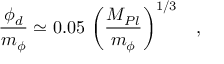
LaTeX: \frac { \phi _ { d } } { m _ { \phi } } \simeq 0 . 0 5 \, \left( \frac { M _ { P l } } { m _ { \phi } } \right) ^ { 1 / 3 } \; \; \; ,